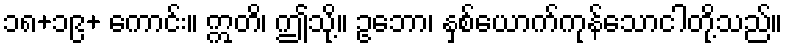
၁၈+၁၉+ ကောင်း။ ဣတိ၊ ဤသို့။ ဥဘော၊ နှစ်ယောက်ကုန်သောငါတို့သည်။